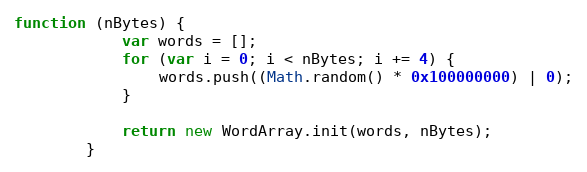
Language: JavaScript
function (nBytes) {
            var words = [];
            for (var i = 0; i < nBytes; i += 4) {
                words.push((Math.random() * 0x100000000) | 0);
            }

            return new WordArray.init(words, nBytes);
        }